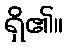
ရှိ၏။